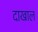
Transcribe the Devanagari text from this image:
दाखाल